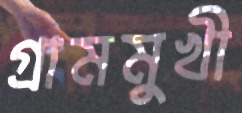
গ্রামমুখী